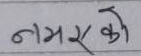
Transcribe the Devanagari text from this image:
नभएको